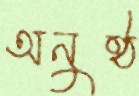
অনুষ্ঠ